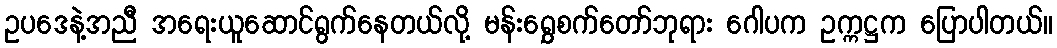
ဥပဒေနဲ့အညီ အရေးယူဆောင်ရွက်နေတယ်လို့ မန်းရွှေစက်တော်ဘုရား ဂေါပက ဥက္ကဋ္ဌက ပြောပါတယ်။